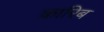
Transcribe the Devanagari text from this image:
कारिब